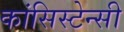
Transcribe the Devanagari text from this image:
कांसिस्टेन्सी